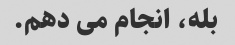
بله، انجام می دهم.